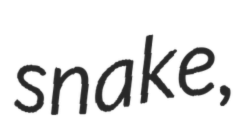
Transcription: snake,